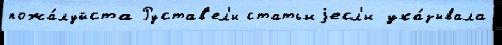
пожа́луйста Рустав'ел'и статьиjесл'и ука́зывала